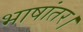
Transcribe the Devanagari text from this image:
भाषांतर।